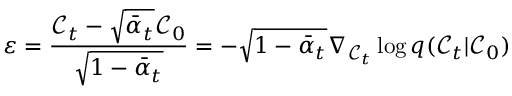
\varepsilon = \frac { \mathcal { C } _ { t } - \sqrt { \bar { \alpha } _ { t } } \mathcal { C } _ { 0 } } { \sqrt { 1 - \bar { \alpha } _ { t } } } = - \sqrt { 1 - \bar { \alpha } _ { t } } \nabla _ { \mathcal { C } _ { t } } \log { q ( \mathcal { C } _ { t } \vert \mathcal { C } _ { 0 } ) }